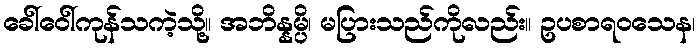
ခေါ်ဝေါ်ကုန်သကဲ့သို့။ အဘိန္နမ္ပိ၊ မပြားသည်ကိုလည်း။ ဥပစာရဝသေန၊